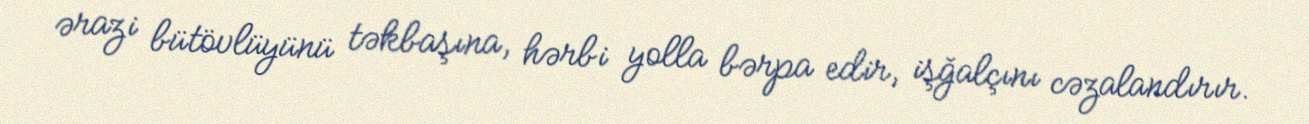
ərazi bütövlüyünü təkbaşına, hərbi yolla bərpa edir, işğalçını cəzalandırır.